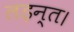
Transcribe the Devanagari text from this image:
लड़न्त।